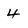
Character: 4